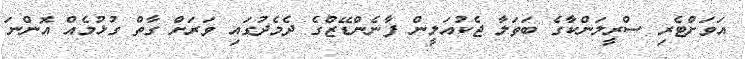
އަވަށްޓެރި ސްރީލަންކާގެ ބަތަލާ ޖެކުއަލީން ފާނެންޑޭޒްގެ ދެމެދުގައި ވަރަށް ގާތް ގުޅުމެއް އޮންނަ